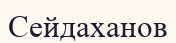
Сейдаханов